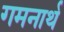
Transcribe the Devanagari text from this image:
गमनार्थ